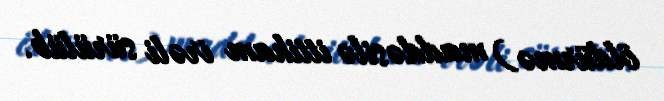
öldürmə) maddəsilə ittiham irəli sürülüb.